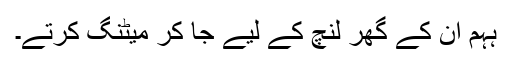
ہہم ان کے گھر لنچ کے لیے جا کر میٹنگ کرتے۔